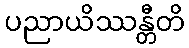
ပညာယိဿန္တီတိ